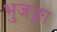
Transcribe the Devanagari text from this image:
भुजङ्गा